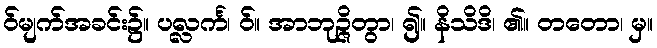
ဝ်မျက်အခင်း၌။ ပလ္လင်္က၊ ဝ်။ အာဘုဉ္ဇိတွာ၊ ၍။ နိသိဒိ၊ ၏။ တတော၊ မှ။